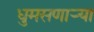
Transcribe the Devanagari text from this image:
धुमसणार्‍या